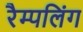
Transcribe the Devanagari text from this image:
रैम्पलिंग